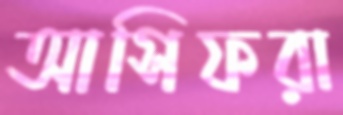
আসিফরা